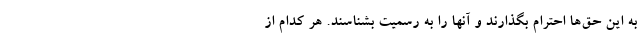
به این حق‌ها احترام بگذارند و آنها را به رسمیت بشناسند. هر کدام از